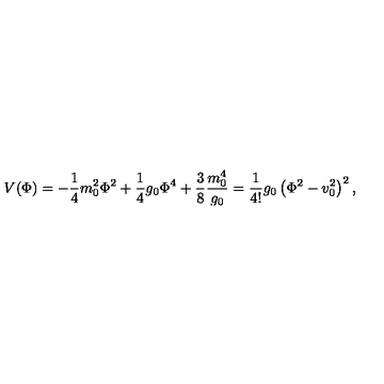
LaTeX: V ( \Phi ) = - \frac { 1 } { 4 } m _ { 0 } ^ { 2 } \Phi ^ { 2 } + \frac { 1 } { 4 } g _ { 0 } \Phi ^ { 4 } + \frac { 3 } { 8 } \frac { m _ { 0 } ^ { 4 } } { g _ { 0 } } = \frac { 1 } { 4 ! } g _ { 0 } \left( \Phi ^ { 2 } - v _ { 0 } ^ { 2 } \right) ^ { 2 } ,